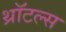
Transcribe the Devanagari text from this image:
थ्रॉटल्स